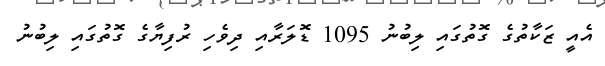
އެއީ ޒަކާތުގެ ގޮތުގައި ލިބުނު 1095 ޑޮލަރާއި ދިވެހި ރުފިޔާގެ ގޮތުގައި ލިބުނު